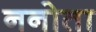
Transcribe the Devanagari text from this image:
ननोता